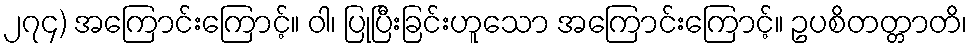
၂၇၄) အကြောင်းကြောင့်။ ဝါ၊ ပြုပြီးခြင်းဟူသော အကြောင်းကြောင့်။ ဥပစိတတ္တာတိ၊